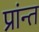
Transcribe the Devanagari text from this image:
प्रांन्त